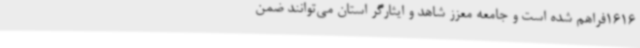
1616فراهم شده است و جامعه معزز شاهد و ایثارگر استان می‌توانند ضمن